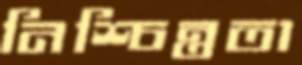
নিশ্চিন্ততা